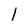
Character: 1